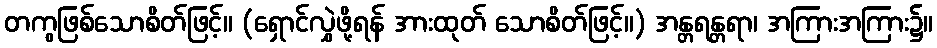
တကွဖြစ်သောစိတ်ဖြင့်။ (ရှောင်လွှဲဖို့ရန် အားထုတ် သောစိတ်ဖြင့်။) အန္တရန္တရာ၊ အကြားအကြား၌။